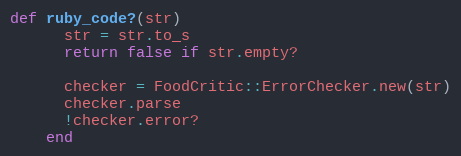
Language: Ruby
def ruby_code?(str)
      str = str.to_s
      return false if str.empty?

      checker = FoodCritic::ErrorChecker.new(str)
      checker.parse
      !checker.error?
    end